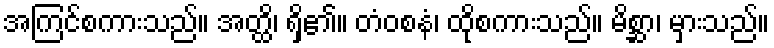
အကြင်စကားသည်။ အတ္ထိ၊ ရှိ၏။ တံဝစနံ၊ ထိုစကားသည်။ မိစ္ဆာ၊ မှားသည်။